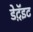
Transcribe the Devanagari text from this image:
डेट्रॅइट